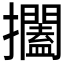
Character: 𱡐